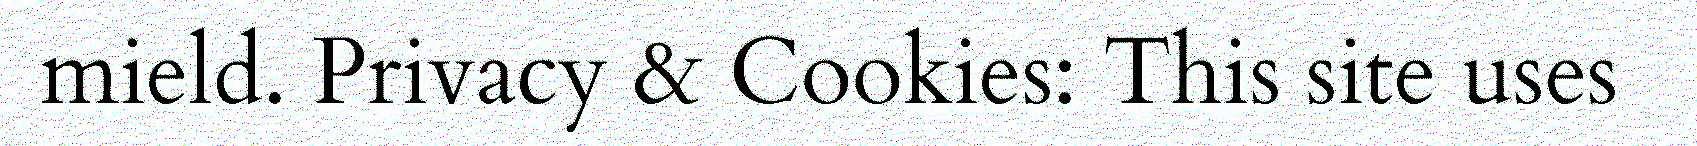
mield. Privacy & Cookies: This site uses